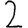
Digit: 2